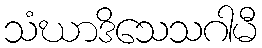
သံဃာဒိသေသဂါမီ